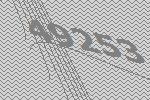
49253